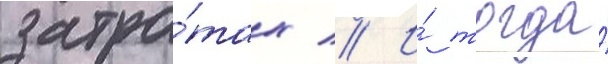
затра́тах // И́ тогда́